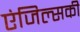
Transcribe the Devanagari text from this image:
एंजिल्सकी